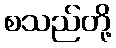
စသည်တို့